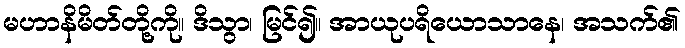
မဟာနိမိတ်တို့ကို။ ဒိသွာ၊ မြင်၍။ အာယုပရိယောသာနေ၊ အသက်၏